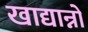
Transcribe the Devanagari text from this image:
खाद्यान्नो